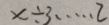
x \div 3 \cdots 2